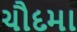
ચૌદમા